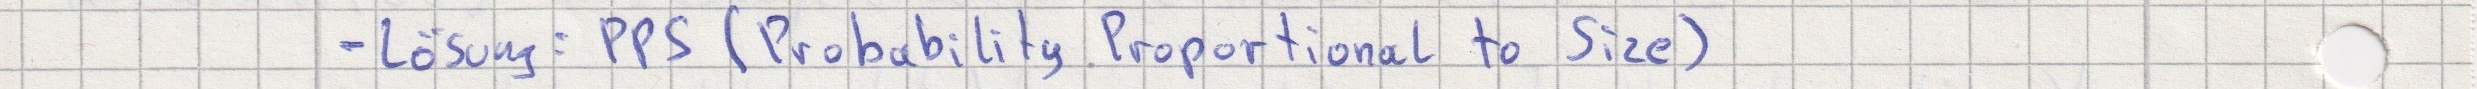
- Lösung: PPS (Probability Proportional to Size)